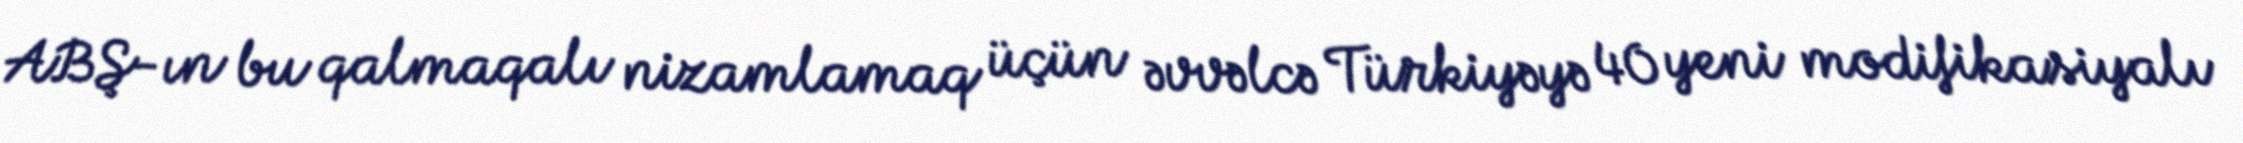
ABŞ-ın bu qalmaqalı nizamlamaq üçün əvvəlcə Türkiyəyə 40 yeni modifikasiyalı